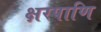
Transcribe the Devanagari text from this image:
क्षरपाणि